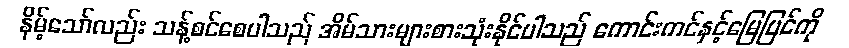
နိမ့်သော်လည်း သန့်စင်စေပါသည် အိမ်သားများစားသုံးနိုင်ပါသည် ကောင်းကင်နှင့်မြေပြင်ကို